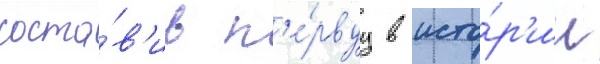
соста́в'ив п'е́рвуу в исто́р'ии